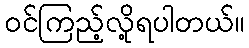
ဝင်ကြည့်လို့ရပါတယ်။